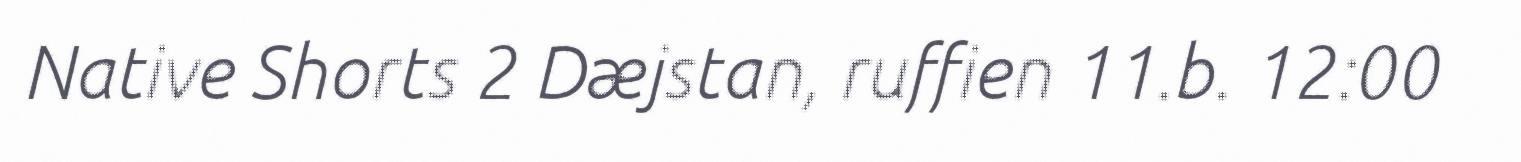
Native Shorts 2 Dæjstan, ruffien 11.b. 12:00